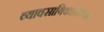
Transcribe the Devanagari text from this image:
व्यावसायिकाविरोधात